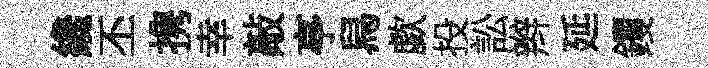
纔丕携幸敲亭舄歔投訟辫延钁